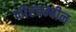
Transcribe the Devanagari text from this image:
फोरचम्बीन